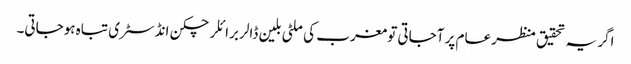
اگر یہ تحقیق منظر عام پر آجاتی تو مغرب کی ملٹی بلین ڈالر برائلر چکن انڈسٹری تباہ ہوجاتی۔